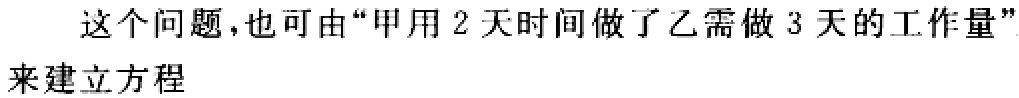
这个问题,也可由“甲用 2 天时间做了乙需做 3 天的工作量”来建立方程